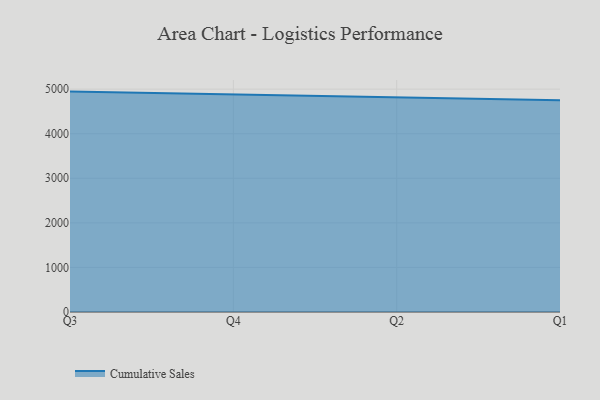
{"axis": {"x": "Quarter", "y": "Net Income (USD K)"}, "legend": ["Cumulative Sales"], "data": [{"x": "Q3", "y": 4944.7, "type": "Cumulative Sales"}, {"x": "Q4", "y": 4874.6, "type": "Cumulative Sales"}, {"x": "Q2", "y": 4808.7, "type": "Cumulative Sales"}, {"x": "Q1", "y": 4749.0, "type": "Cumulative Sales"}]}